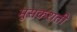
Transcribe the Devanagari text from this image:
मुसकराती